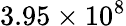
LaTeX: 3.95\times 10^{8}